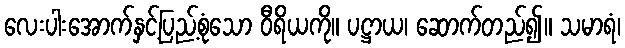
လေးပါးအောက်နှင့်ပြည့်စုံသော ဝီရိယကို။ ပဋ္ဌာယ၊ ဆောက်တည်၍။ သမာရံ၊